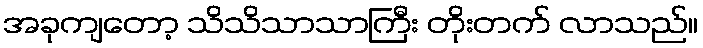
အခုကျတော့ သိသိသာသာကြီး တိုးတက် လာသည်။